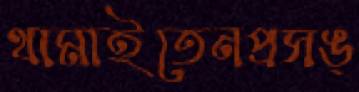
থামাইতেনপ্রসঙ্